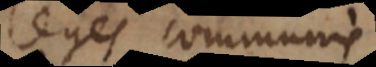
leges communis